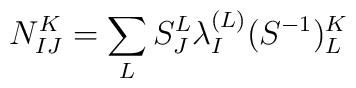
N_{IJ}^K=\sum_LS_J^L\lambda _I^{(L)}(S^{-1})_L^K